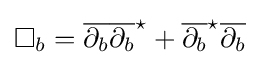
\Box _{b}={\overline {\partial _{b}}}{\overline {\partial _{b}}}^{\star }+{\overline {\partial _{b}}}^{\star }{\overline {\partial _{b}}}